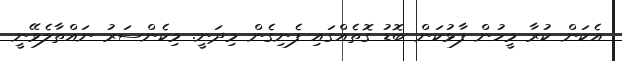
އެކަން ކުރާ މީހުން ފާޅުކަން ބޮޑު ގޮތެއްގައި ފެނިގެން މިދަނީ. މިކެންސަރު ނައްތާލެވޭނީ